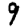
Digit: 9